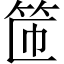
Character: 𫁹